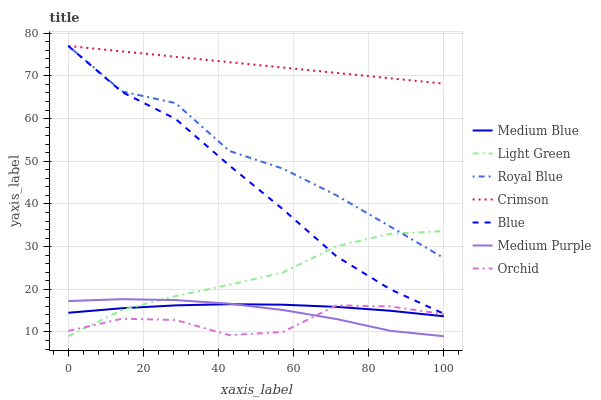
| xaxis_label | Medium Blue | Light Green | Royal Blue | Crimson | Blue | Medium Purple | Orchid |
 | --- | --- | --- | --- | --- | --- | --- | --- |
 | 0 | 14.5 | 9 | 77 | 77 | 77 | 17.3 | 10.3 |
 | 14.3 | 15.6 | 15.1 | 66.4 | 75.7 | 66.2 | 17.7 | 13.1 |
 | 28.6 | 16.2 | 18.4 | 63.6 | 74.5 | 59.9 | 17.5 | 12.8 |
 | 42.9 | 16.5 | 21.1 | 52.4 | 73.2 | 49 | 16.6 | 9.26 |
 | 57.1 | 16.4 | 23.9 | 48.3 | 72 | 38.8 | 15.1 | 10 |
 | 71.4 | 15.9 | 30.1 | 42 | 70.7 | 27.7 | 13 | 16.2 |
 | 85.7 | 15 | 33 | 34.7 | 69.4 | 20 | 10.3 | 16 |
 | 100 | 13.7 | 33.6 | 27.3 | 68.2 | 14.3 | 9 | 14.2 |